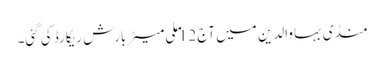
منڈی بہاوالدین میں آج 12 ملی میٹر بارش ریکارڈ کی گئی۔